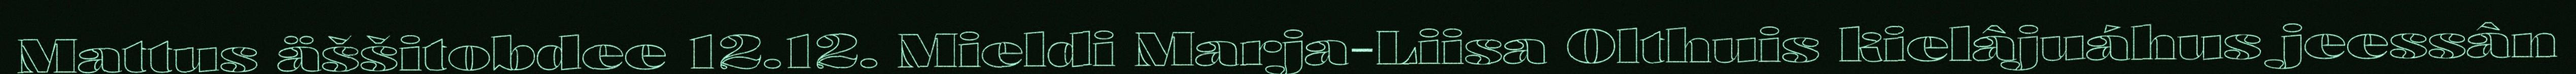
Mattus äššitobdee 12.12. Mieldi Marja-Liisa Olthuis kielâjuáhus jeessân